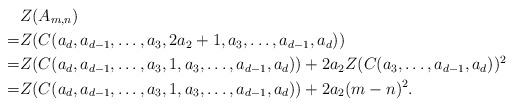
\begin{align*} &Z(A_{m,n}) \\=&Z(C(a_d,a_{d-1},\ldots,a_3,2a_2+1,a_3,\ldots,a_{d-1},a_d))\\=&Z(C(a_d,a_{d-1},\ldots,a_3,1,a_3,\ldots,a_{d-1},a_d))+2a_2Z(C(a_3,\ldots,a_{d-1},a_d))^2\\=&Z(C(a_d,a_{d-1},\ldots,a_3,1,a_3,\ldots,a_{d-1},a_d))+2a_2(m-n)^2.\end{align*}